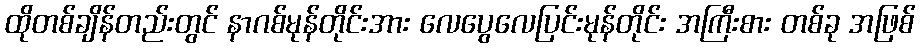
ထိုတစ်ချိန်တည်းတွင် နာဂစ်မုန်တိုင်းအား လေပွေလေပြင်းမုန်တိုင်း အကြီးစား တစ်ခု အဖြစ်